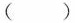
()